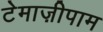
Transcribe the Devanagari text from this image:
टेमाज़ीपाम